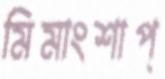
মিমাংশাপ্